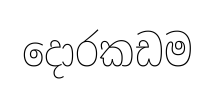
දොරකඩම